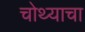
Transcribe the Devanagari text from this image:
चोथ्याचा